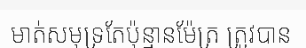
មាត់សមុទ្រតែប៉ុន្មានម៉ែត្រ ត្រូវបាន